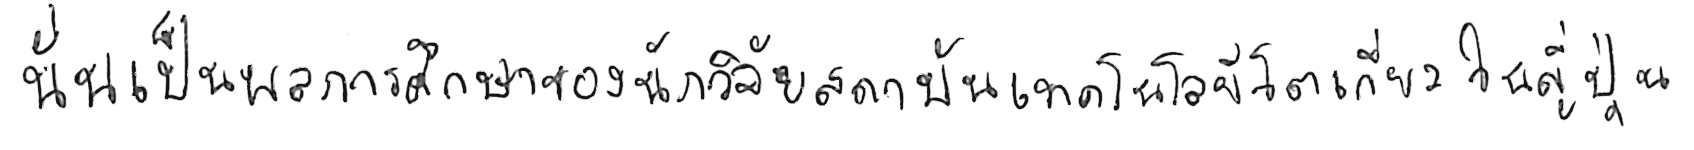
นั่นเป็นผลการศึกษาของนักวิจัยสถาบันเทคโนโลยีโตเกียว ในญี่ปุ่น